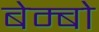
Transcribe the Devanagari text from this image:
बेम्बो